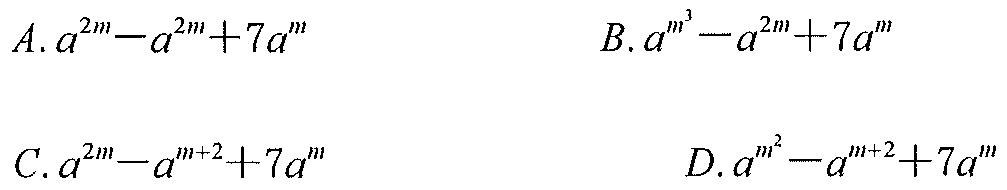
\(A. a^{2m}-a^{2m}+7a^{m}\)  \(B. a^{m^{3}}-a^{2m}+7a^{m}\)
\(C. a^{2m}-a^{m + 2}+7a^{m}\)  \(D. a^{m^{2}}-a^{m+2}+7a^{m}\)